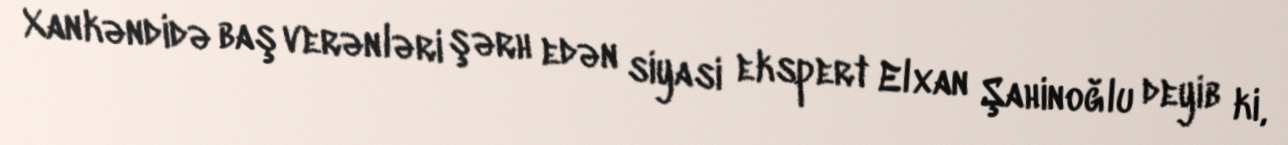
Xankəndidə baş verənləri şərh edən siyasi ekspert Elxan Şahinoğlu deyib ki,